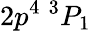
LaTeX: {2p^{4}~^{3}P_{1}}